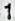
1